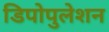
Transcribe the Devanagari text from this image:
डिपोपुलेशन